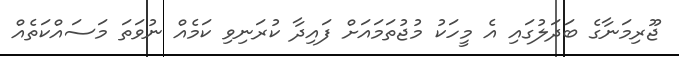
ޖޫރިމަނާގެ ބަދަލުގައި އެ މީހަކު މުޖުތަމައަށް ފައިދާ ކުރަނިވި ކަމެއް ނުވަތަ މަސައްކަތެއް